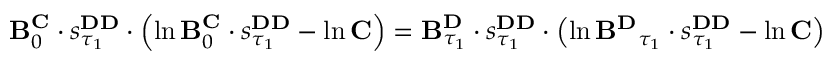
\begin{array} { r } { \mathbf { B } _ { 0 } ^ { \mathbf { C } } \cdot s _ { \tau _ { 1 } } ^ { \mathbf { D D } } \cdot \left( \ln \mathbf { B } _ { 0 } ^ { \mathbf { C } } \cdot s _ { \tau _ { 1 } } ^ { \mathbf { D D } } - \ln \mathbf { C } \right) = \mathbf { B } _ { \tau _ { 1 } } ^ { \mathbf { D } } \cdot s _ { \tau _ { 1 } } ^ { \mathbf { D D } } \cdot \left( \ln \mathbf { B ^ { \mathbf { D } } } _ { \tau _ { 1 } } \cdot s _ { \tau _ { 1 } } ^ { \mathbf { D D } } - \ln \mathbf { C } \right) } \end{array}